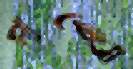
পাঙ্খো